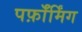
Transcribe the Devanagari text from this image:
पर्फ़ॉर्मिंग